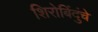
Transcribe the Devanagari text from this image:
शिरोबिंदुंचे